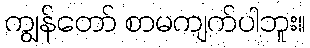
ကျွန်တော် စာမကျက်ပါဘူး။